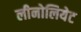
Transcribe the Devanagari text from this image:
लीनोलियेट